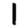
Digit: 1